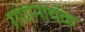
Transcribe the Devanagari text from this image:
गणनार्थक